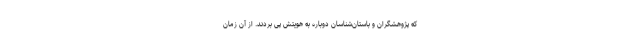
که پژوهشگران و باستان‌شناسان دوباره به هویتش پی بردند. از آن زمان